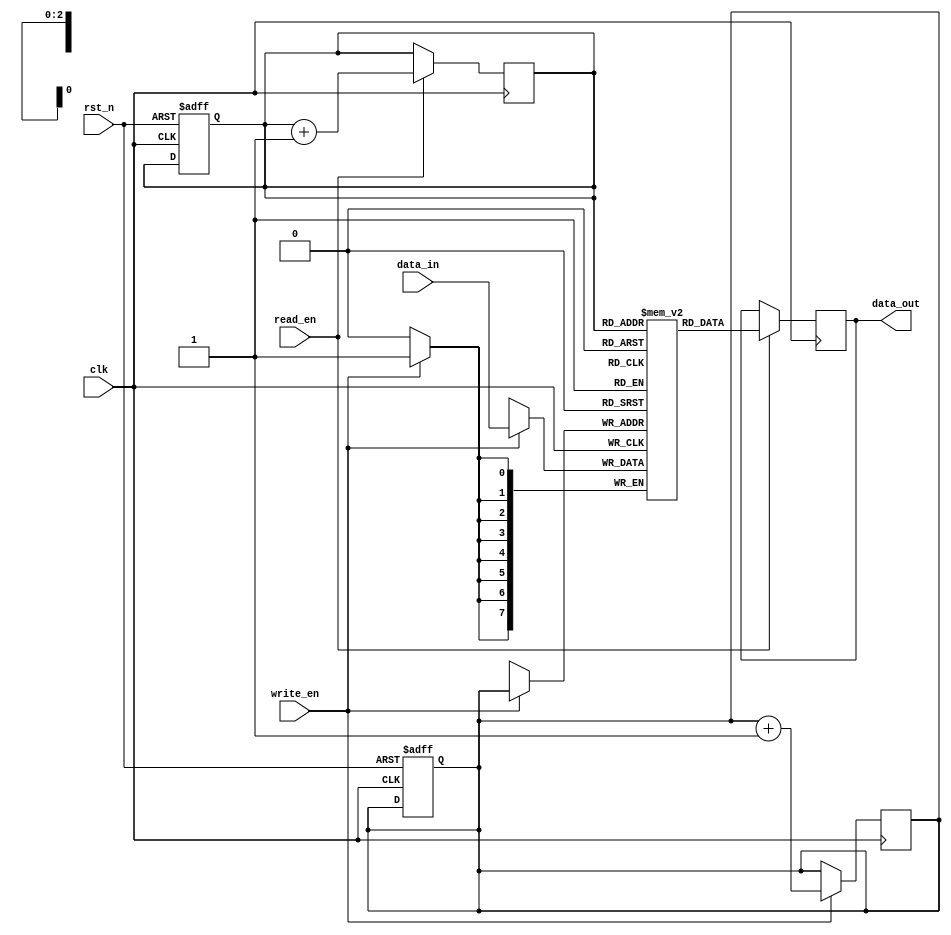
module FIFO (
    input wire clk,
	input wire rst_n,
	input wire write_en,
	input wire read_en,
    input wire [7:0] data_in,
    output reg [7:0] data_out
);

parameter DEPTH = 8;
reg [7:0] memory [0:DEPTH-1];
reg [2:0] read_ptr, write_ptr;

// Reset the FIFO
always @(posedge clk or negedge rst_n) begin
    if (~rst_n) begin
        read_ptr <= 0;
        write_ptr <= 0;
    end
end

// Write data to FIFO
always @(posedge clk) begin
    if (write_en) begin
        memory[write_ptr] <= data_in;
        write_ptr <= write_ptr + 1;
    end
end

// Read data from FIFO
always @(posedge clk) begin
    if (read_en) begin
        data_out <= memory[read_ptr];
        read_ptr <= read_ptr + 1;
    end
end

endmodule